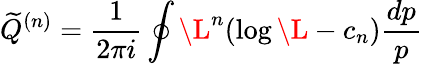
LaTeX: {\widetilde Q}^{(n)}=\frac{1}{2\pi i}\oint\L^{n}(\log\L-c_{n})\frac{dp}{p}